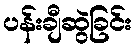
ပန်းချီဆွဲခြင်း